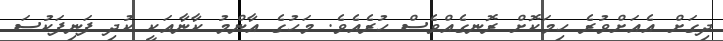
ދިގަށް އެއަށްވުރެ ހިމަކޮށް ރޮނގެއްވެސް ހުރެއެވެ. މަހުގެ އާންމު ކާނާއަކީ ކުދި ފަނިފަކުސަ